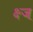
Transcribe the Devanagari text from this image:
क्ष्ज्